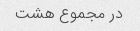
در مجموع هشت